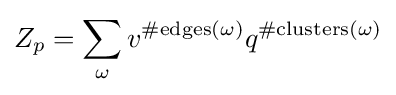
Z_{p}=\sum _{\omega }v^{\#{\text{edges}}(\omega )}q^{\#{\text{clusters}}(\omega )}